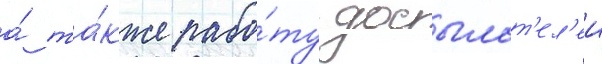
а́ та́кже рабо́ту досылат'ел'еи